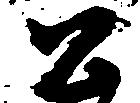
公